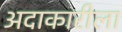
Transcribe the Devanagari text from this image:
अदाकारीला